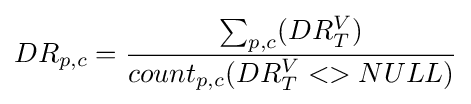
DR_{p,c}={\frac {\sum _{p,c}(DR_{T}^{V})}{count_{p,c}(DR_{T}^{V}<>NULL)}}